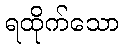
ရထိုက်သော